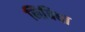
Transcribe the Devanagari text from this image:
निविधा